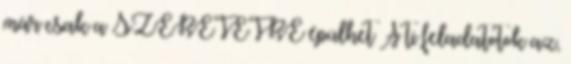
már csak a SZERETETRE épülhet A ti feladatotok az,